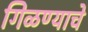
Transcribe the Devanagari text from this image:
गिळण्याचे